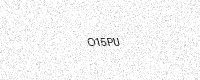
Text: O15PU